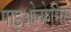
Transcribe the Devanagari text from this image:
पाइओन्फ्रेसिस